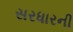
સરધારની